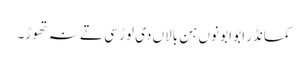
کمانڈر ابو ابو نوں ہن بالاں دی لوڑ سی تے نہ تھوڑ۔